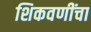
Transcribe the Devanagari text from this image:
शिकवणींचा